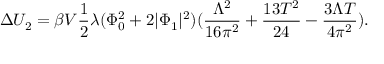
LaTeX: \Delta U _ { 2 } = \beta V { \frac { 1 } { 2 } } \lambda ( \Phi _ { 0 } ^ { 2 } + 2 | \Phi _ { 1 } | ^ { 2 } ) ( { \frac { \Lambda ^ { 2 } } { 1 6 \pi ^ { 2 } } } + { \frac { 1 3 T ^ { 2 } } { 2 4 } } - { \frac { 3 \Lambda T } { 4 \pi ^ { 2 } } } ) .